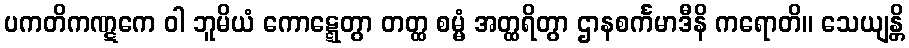
ပကတိကဏ္ဋကေ ဝါ ဘူမိယံ ကောဋ္ဋေတွာ တတ္ထ စမ္မံ အတ္ထရိတွာ ဌာနစင်္ကမာဒီနိ ကရောတိ။ သေယျန္တိ